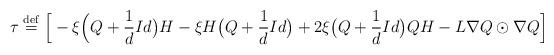
LaTeX: \begin{align*}\begin{aligned}\tau\stackrel{\rm{def}}{=}\Big[-\xi \Big(Q+\frac{1}{d}Id\big)H-\xi H\big(Q+\frac{1}{d}Id\big)+2\xi \big(Q&+\frac{1}{d}Id\big)QH-L \nabla Q\odot \nabla Q\Big]\end{aligned}\end{align*}